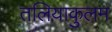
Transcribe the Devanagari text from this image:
तलियाकुलम